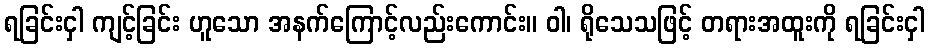
ရခြင်းငှါ ကျင့်ခြင်း ဟူသော အနက်ကြောင့်လည်းကောင်း။ ဝါ၊ ရိုသေသဖြင့် တရားအထူးကို ရခြင်းငှါ